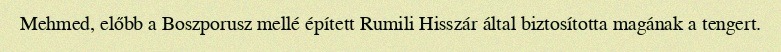
Mehmed, előbb a Boszporusz mellé épített Rumili Hisszár által biztosította magának a tengert.